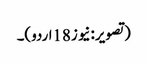
(تصویر:نیوز18اردو)۔